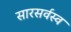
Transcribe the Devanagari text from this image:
सारसर्वस्व